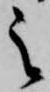
之